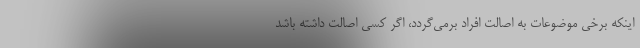
اینکه برخی موضوعات به اصالت افراد برمی‌گردد، اگر کسی اصالت داشته باشد